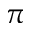
\pi